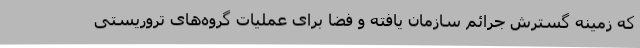
که زمینه گسترش جرائم سازمان یافته و فضا برای عملیات گروه‌های تروریستی